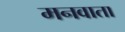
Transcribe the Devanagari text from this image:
मनवाता